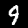
Digit: 9